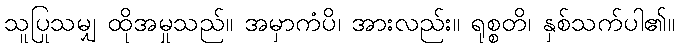
သူပြုသမျှ ထိုအမှုသည်။ အမှာကံပိ၊ အားလည်း။ ရုစ္စတိ၊ နှစ်သက်ပါ၏။